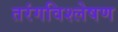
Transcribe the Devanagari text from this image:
तरंगविश्लेषण